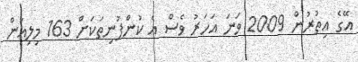
އޭގެ އިތުރުން 2009 ވަނަ އަހަރު ވެސް އެ ކުންފުނިތަކަށް 163 މިލިއަން